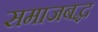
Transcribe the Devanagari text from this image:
समाजबद्ध